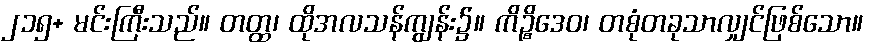
၂၁၅+ မင်းကြီးသည်။ တတ္ထ၊ ထိုအလသန်ကျွန်း၌။ ကိဉ္စိဒေဝ၊ တစုံတခုသာလျှင်ဖြစ်သော။